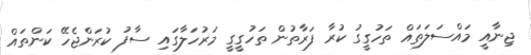
ޖިނާއީ މައްސަލަތައް ތަހުގީގު ކުރާ ފަރާތުން ތަހުގީގީ މަރުހަލާގައި ސާފު ކުރަންޖެހޭ ކަންތައް